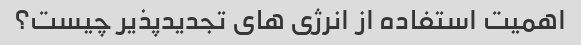
اهمیت استفاده از انرژی های تجدیدپذیر چیست؟